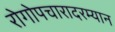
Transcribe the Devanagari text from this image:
रोगोपचारादरम्यान